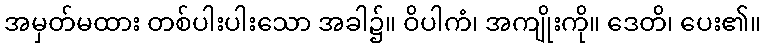
အမှတ်မထား တစ်ပါးပါးသော အခါ၌။ ဝိပါကံ၊ အကျိုးကို။ ဒေတိ၊ ပေး၏။